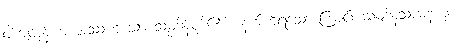
ဝါကျတုန်းက အဿဟူသော သမ္ပဒါန်ပုဒ်၏ အနက်ကိုရသောကြောင်း သမ္ပဒါနသာဓနဟု